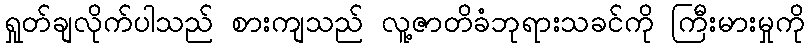
ရှုတ်ချလိုက်ပါသည် စားကျသည် လူ့ဇာတိခံဘုရားသခင်ကို ကြီးမားမှုကို